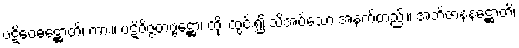
ပဋိဝေဓဋ္ဌောတိ၊ ကား။ ပဋိဝိဇ္ဇတဗ္ဗဋ္ဌော၊ ထိုး ထွင်း၍ သိအပ်သော အနက်တည်း။ အဘိဇာနနဋ္ဌောတိ၊